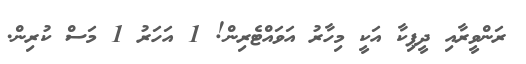
ރަންވީރާއި ދީޕިކާ އަކީ މިހާރު އަވައްޓެރިން! 1 އަހަރު 1 މަސް ކުރިން.